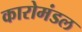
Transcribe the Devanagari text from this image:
कारोमंडल